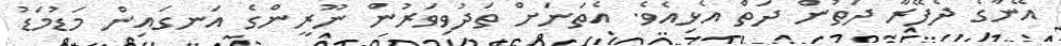
އޭނާގެ ދެފޭރާ ދަތުން ދަތް އެޅިއެވެ. އެތަނަށް ތަދުވިވަރުން ނޫރީންގެ އަނގައިން މަޑުމަޑު